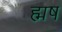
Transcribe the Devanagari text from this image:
ह्मष